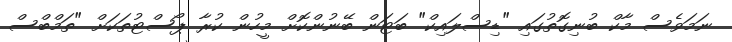
ނަމަވެސް މާކް ބުނިގޮތުގައި "ޑިސްލައިކް" ބަޓަން ބޭނުންކޮށް މީހުން ކުރާ ޕޯސްޓުތަކަށް "ތަމްބްސް